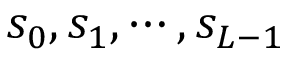
s _ { 0 } , s _ { 1 } , \cdots , s _ { L - 1 }